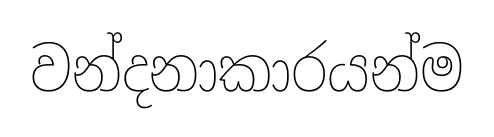
වන්දනාකාරයන්ම